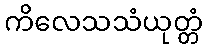
ကိလေသသံယုတ္တံ